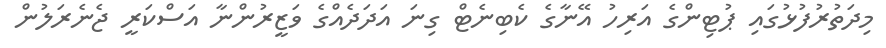
މިދަތުރުފުޅުގައި ޕުޓިންގެ އަރިހު އޭނާގެ ކެބިނެޓް ގިނަ އަދަދެއްގެ ވަޒީރުންނާ އަސްކަރީ ޖެނެރަލުން